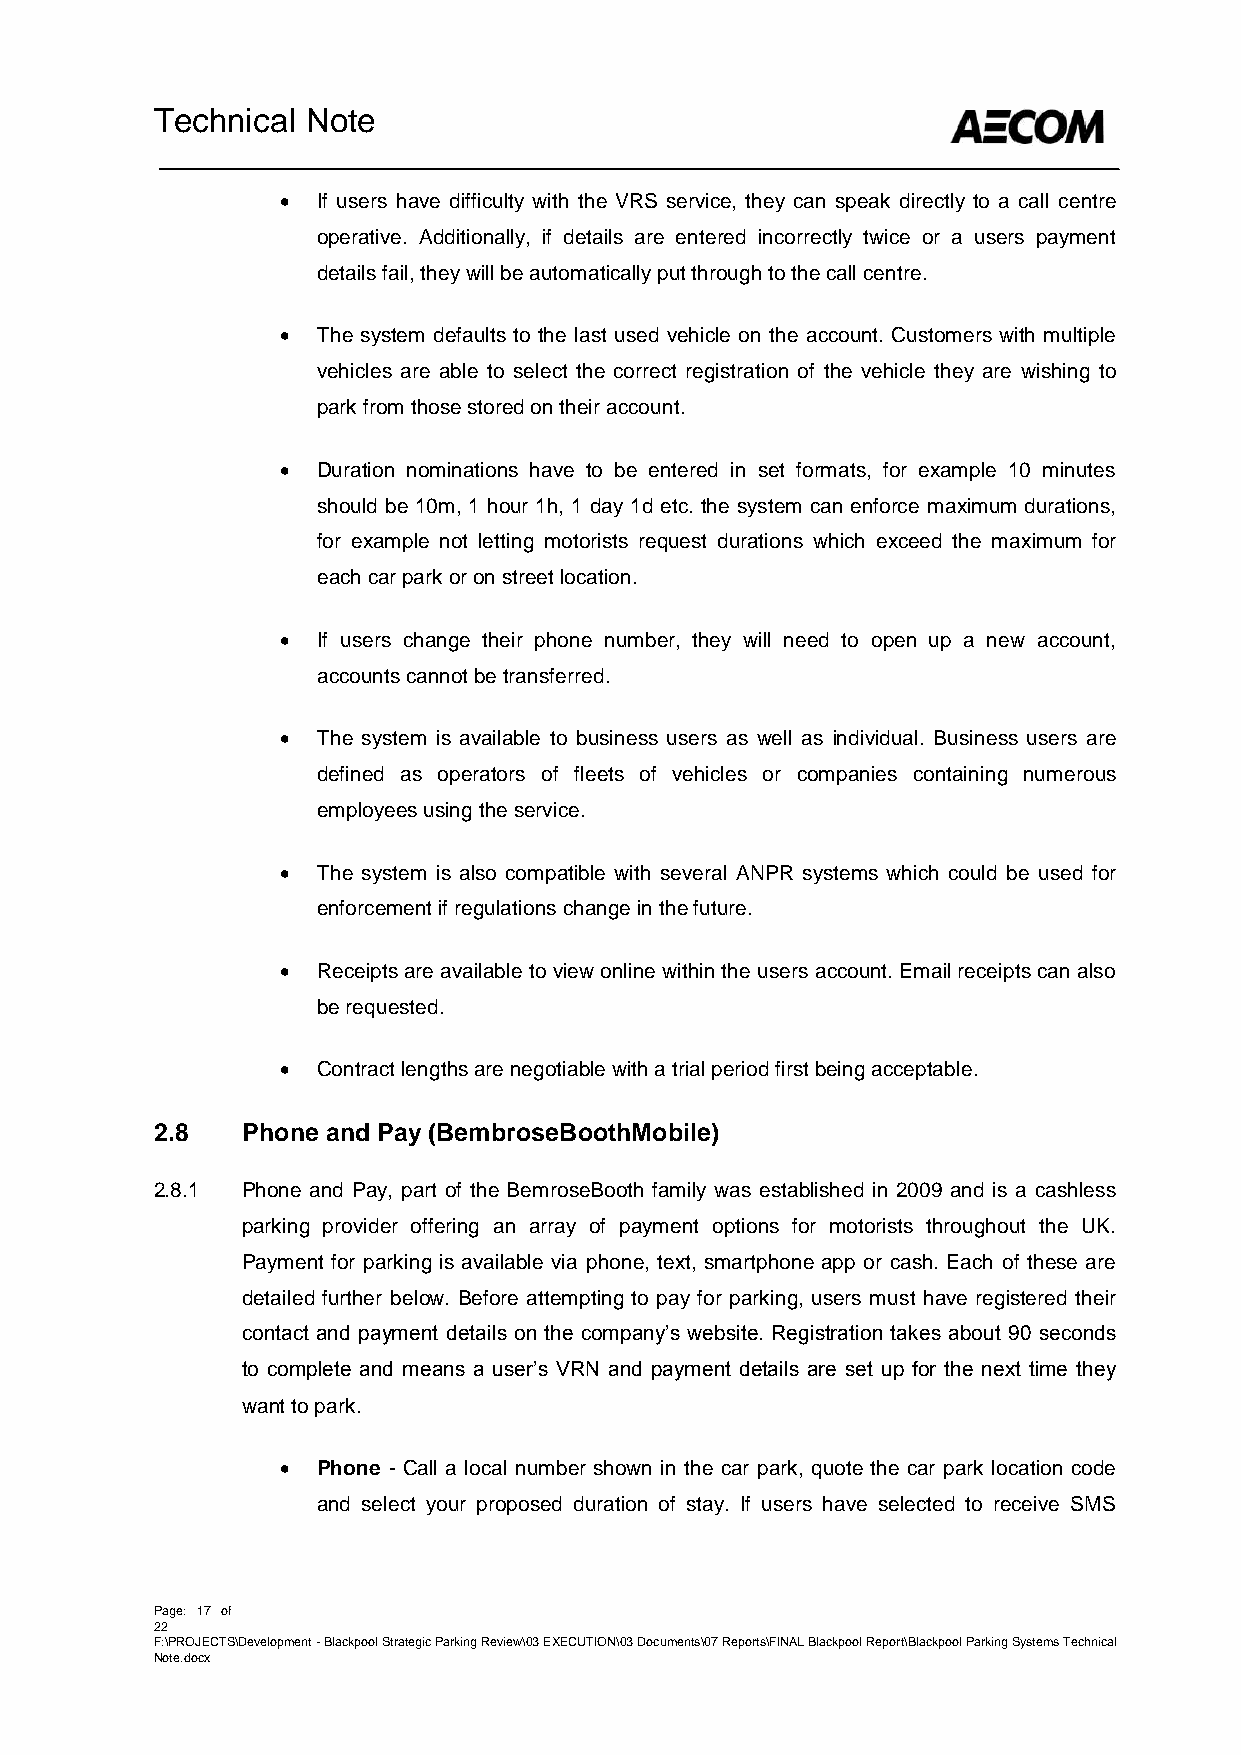
Technical Note
  If users have difficulty with the VRS service, they can speak directly to a call centre
 operative. Additionally, if details are entered incorrectly twice or a users payment
 details fail, they will be automatically put through to the call centre.
  The system defaults to the last used vehicle on the account. Customers with multiple
 vehicles are able to select the correct registration of the vehicle they are wishing to
 park from those stored on their account.
  Duration nominations have to be entered in set formats, for example 10 minutes
 should be 10m, 1 hour 1h, 1 day 1d etc. the system can enforce maximum durations,
 for example not letting motorists request durations which exceed the maximum for
 each car park or on street location.
  If users change their phone number, they will need to open up a new account,
 accounts cannot be transferred.
  The system is available to business users as well as individual. Business users are
 defined as operators of fleets of vehicles or companies containing numerous
 employees using the service.
  The system is also compatible with several ANPR systems which could be used for
 enforcement if regulations change in the future.
  Receipts are available to view online within the users account. Email receipts can also
 be requested.
  Contract lengths are negotiable with a trial period first being acceptable.
 2.8   Phone and Pay (BembroseBoothMobile)
 2.8.1 Phone and Pay, part of the BemroseBooth family was established in 2009 and is a cashless
 parking provider offering an array of payment options for motorists throughout the UK.
 Payment for parking is available via phone, text, smartphone app or cash. Each of these are
 detailed further below. Before attempting to pay for parking, users must have registered their
 contact and payment details on the company’s website. Registration takes about 90 seconds
 to complete and means a user’s VRN and payment details are set up for the next time they
 want to park.
  Phone - Call a local number shown in the car park, quote the car park location code
 and select your proposed duration of stay. If users have selected to receive SMS
 Page: 17 of
 22
 F:\PROJECTS\Development - Blackpool Strategic Parking Review\03 EXECUTION\03 Documents\07 Reports\FINAL Blackpool Report\Blackpool Parking Systems Technical
 Note.docx